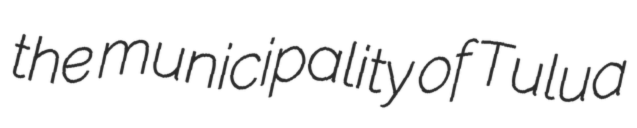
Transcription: the municipality of Tulua